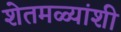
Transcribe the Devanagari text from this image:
शेतमळ्यांशी